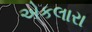
એકલારા